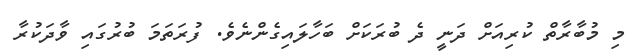
މި މުބާރާތް ކުރިއަށް ދަނީ ދެ ބުރަކަށް ބަހާލައިގެންނެވެ. ފުރަތަމަ ބުރުގައި ވާދަކުރާ